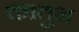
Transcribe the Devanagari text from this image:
कातुन